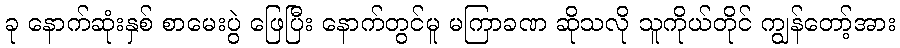
ခု နောက်ဆုံးနှစ် စာမေးပွဲ ဖြေပြီး နောက်တွင်မူ မကြာခဏ ဆိုသလို သူကိုယ်တိုင် ကျွန်တော့်အား